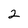
Character: 2